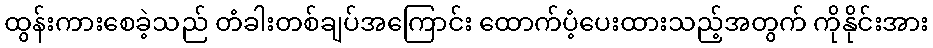
ထွန်းကားစေခဲ့သည် တံခါးတစ်ချပ်အကြောင်း ထောက်ပံ့ပေးထားသည့်အတွက် ကိုနိုင်းအား